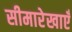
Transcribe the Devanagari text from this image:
सीमारेखाएँ